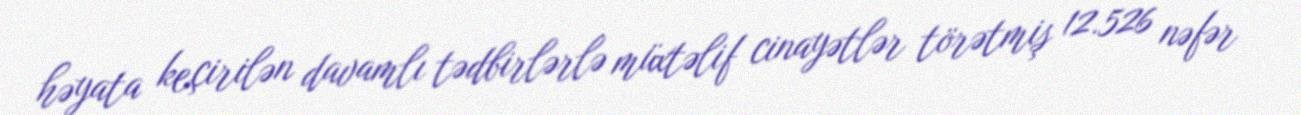
həyata keçirilən davamlı tədbirlərlə müxtəlif cinayətlər törətmiş 12.526 nəfər